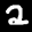
Label: 2